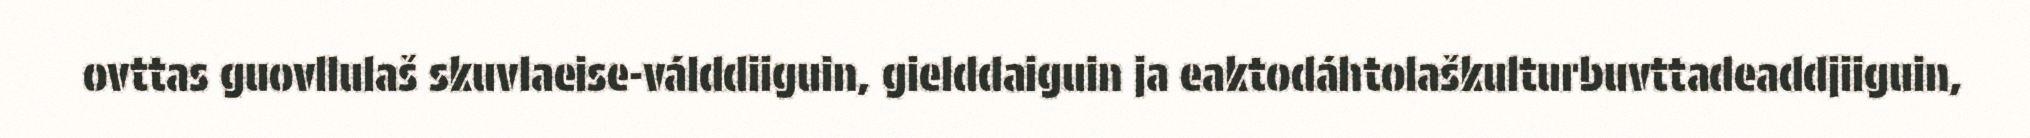
ovttas guovllulaš skuvlaeise-válddiiguin, gielddaiguin ja eaktodáhtolaškulturbuvttadeaddjiiguin,